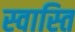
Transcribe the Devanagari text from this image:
स्‍वास्‍ति